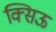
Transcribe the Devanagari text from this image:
क्सिऊ